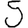
Digit: 5